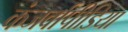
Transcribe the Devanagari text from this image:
कंजर्वापीडिया